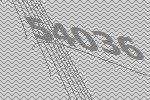
54036